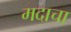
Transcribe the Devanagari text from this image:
मदाचा